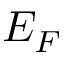
E _ { F }